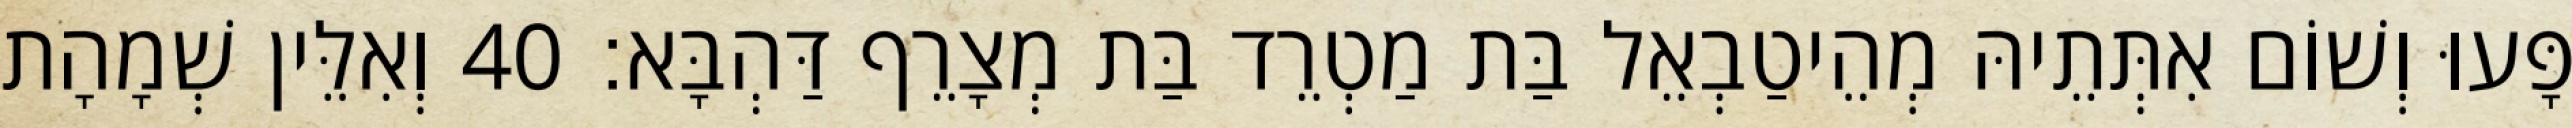
פָּעוּ וְשׁוֹם אִתְּתֵיהּ מְהֵיטַבְאֵל בַּת מַטְרֵד בַּת מְצָרֵף דַּהְבָּא׃ 40 וְאִלֵּין שְׁמָהָת